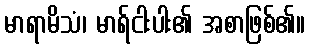
မာရာမိသံ၊ မာရ်ငါးပါး၏ အစာဖြစ်၏။